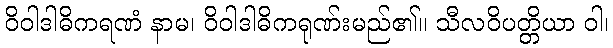
ဝိဝါဒါဓိကရဏံ နာမ၊ ဝိဝါဒါဓိကရုဏ်းမည်၏။ သီလဝိပတ္တိယာ ဝါ၊